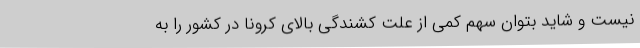
نیست و شاید بتوان سهم کمی از علت کشندگی بالای کرونا در کشور را به